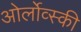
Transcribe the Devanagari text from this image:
ओर्लोव्स्की